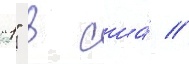
"1" в сша́ //